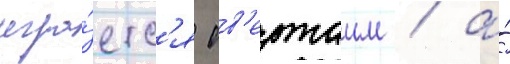
игра́етс'я ов'ертаим / а́